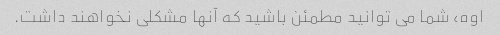
اوه، شما می توانید مطمئن باشید که آنها مشکلی نخواهند داشت.